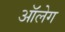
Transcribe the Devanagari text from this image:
आॅलेग